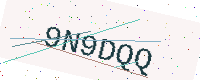
Text: 9N9DQQ